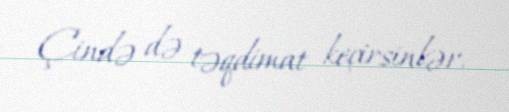
Çində də təqdimat keçirsinlər.